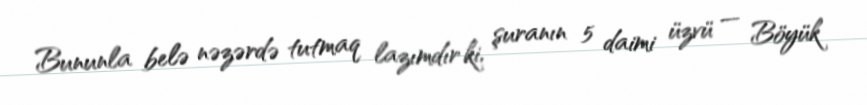
Bununla belə nəzərdə tutmaq lazımdır ki, şuranın 5 daimi üzvü — Böyük